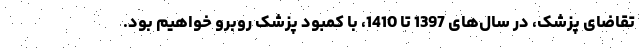
تقاضای پزشک، در سال‌های 1397 تا 1410، با کمبود پزشک روبرو خواهیم بود.